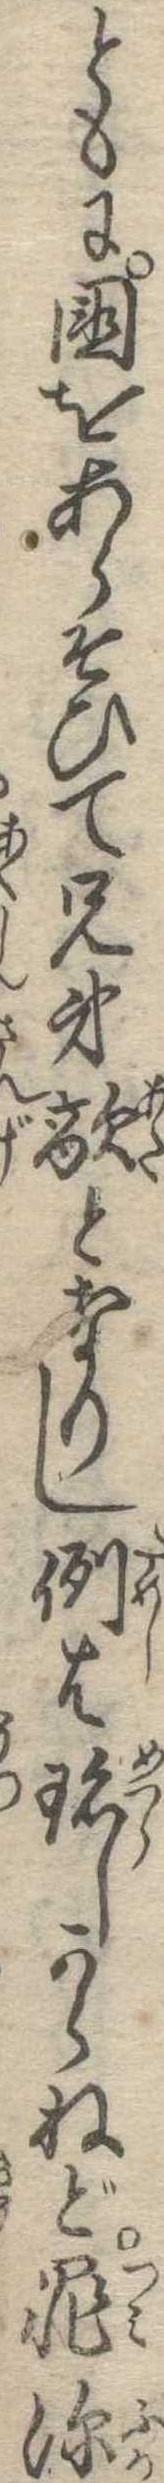
ともに国をあらそひて兄弟敵となりし例は珍しからねど罪深